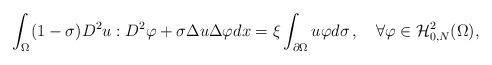
LaTeX: \begin{align*}\int_{\Omega}(1-\sigma)D^2 u:D^2\varphi +\sigma\Delta u\Delta\varphi dx=\xi\int_{\partial\Omega}u\varphi d\sigma\,,\ \ \ \forall\varphi\in \mathcal{H}^2_{0,N}(\Omega),\end{align*}